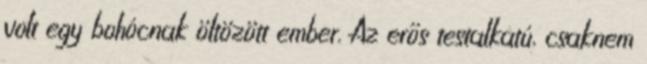
volt egy bohócnak öltözött ember. Az erős testalkatú, csaknem